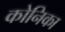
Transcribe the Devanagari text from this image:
कोनिका